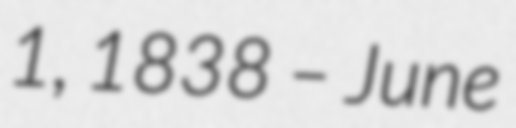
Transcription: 1, 1838 – June